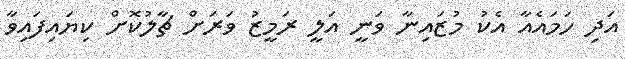
އަދި ހަމައެއާ އެކު މުޒައިނާ ވަނީ އަލީ ރަމީޒު ވަރަށް ޗާލުކޮށް ކިޔައިފައިވާ